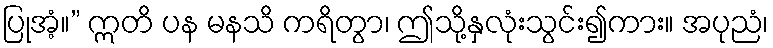
ပြုအံ့။” ဣတိ ပန မနသိ ကရိတွာ၊ ဤသို့နှလုံးသွင်း၍ကား။ အပုညံ၊